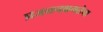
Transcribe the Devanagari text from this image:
प्रजननक्षमतेचा